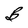
Character: B